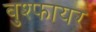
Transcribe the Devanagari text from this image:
बुश्फायर